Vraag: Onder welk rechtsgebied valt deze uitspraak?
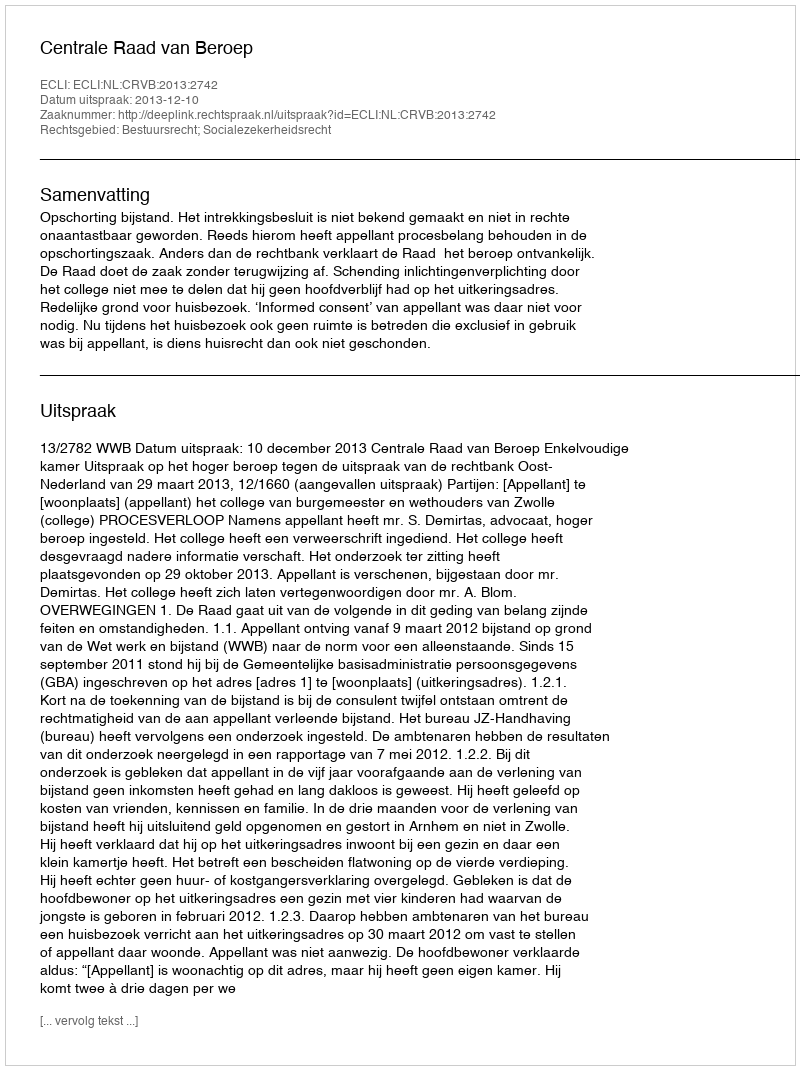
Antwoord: Bestuursrecht; Socialezekerheidsrecht